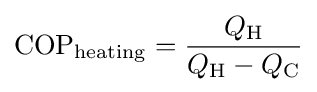
{\rm {COP}}_{\rm {heating}}={\frac {Q_{\rm {H}}}{Q_{\rm {H}}-Q_{\rm {C}}}}